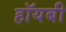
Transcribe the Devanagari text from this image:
हॉयबी